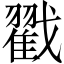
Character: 戳